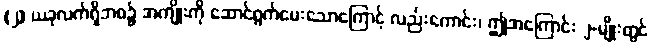
(၂) ယခုလက်ရှိဘဝ၌ အကျိုးကို ဆောင်ရွက်ပေးသောကြောင့် လည်းကောင်း၊ ဤအကြောင်း ၂-မျိုးတွင်